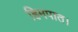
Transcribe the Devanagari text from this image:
हिमपात।